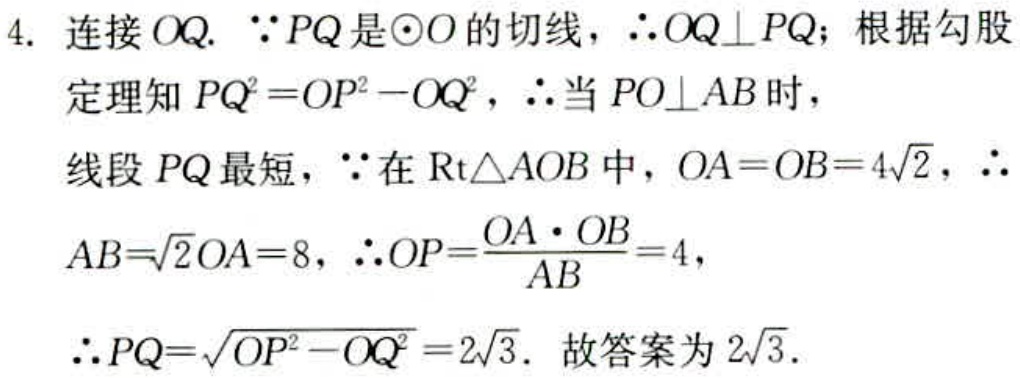
4. 连接 \(OQ\). \(\because PQ\) 是 \(\odot O\) 的切线，\(\therefore OQ\perp PQ\)；根据勾股定理知 \(PQ^{2}=OP^{2}-OQ^{2}\)，\(\therefore\) 当 \(PO\perp AB\) 时，线段 \(PQ\) 最短，\(\because\) 在 \(\text{Rt}\triangle AOB\) 中，\(OA = OB = 4\sqrt{2}\)，\(\therefore AB=\sqrt{2}OA = 8\)，\(\therefore OP=\frac{OA\cdot OB}{AB}=4\)，\(\therefore PQ=\sqrt{OP^{2}-OQ^{2}} = 2\sqrt{3}\). 故答案为 \(2\sqrt{3}\).